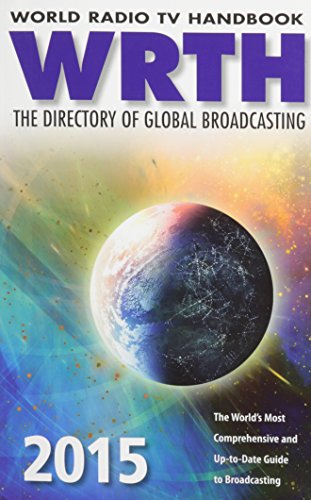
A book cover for World Radio TV Handbook 2015: The Directory of Global Broadcasting; WRTH Editors; Engineering & Transportation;